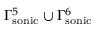
\Gamma _ { \mathrm { s o n i c } } ^ { 5 } \cup \Gamma _ { \mathrm { s o n i c } } ^ { 6 }